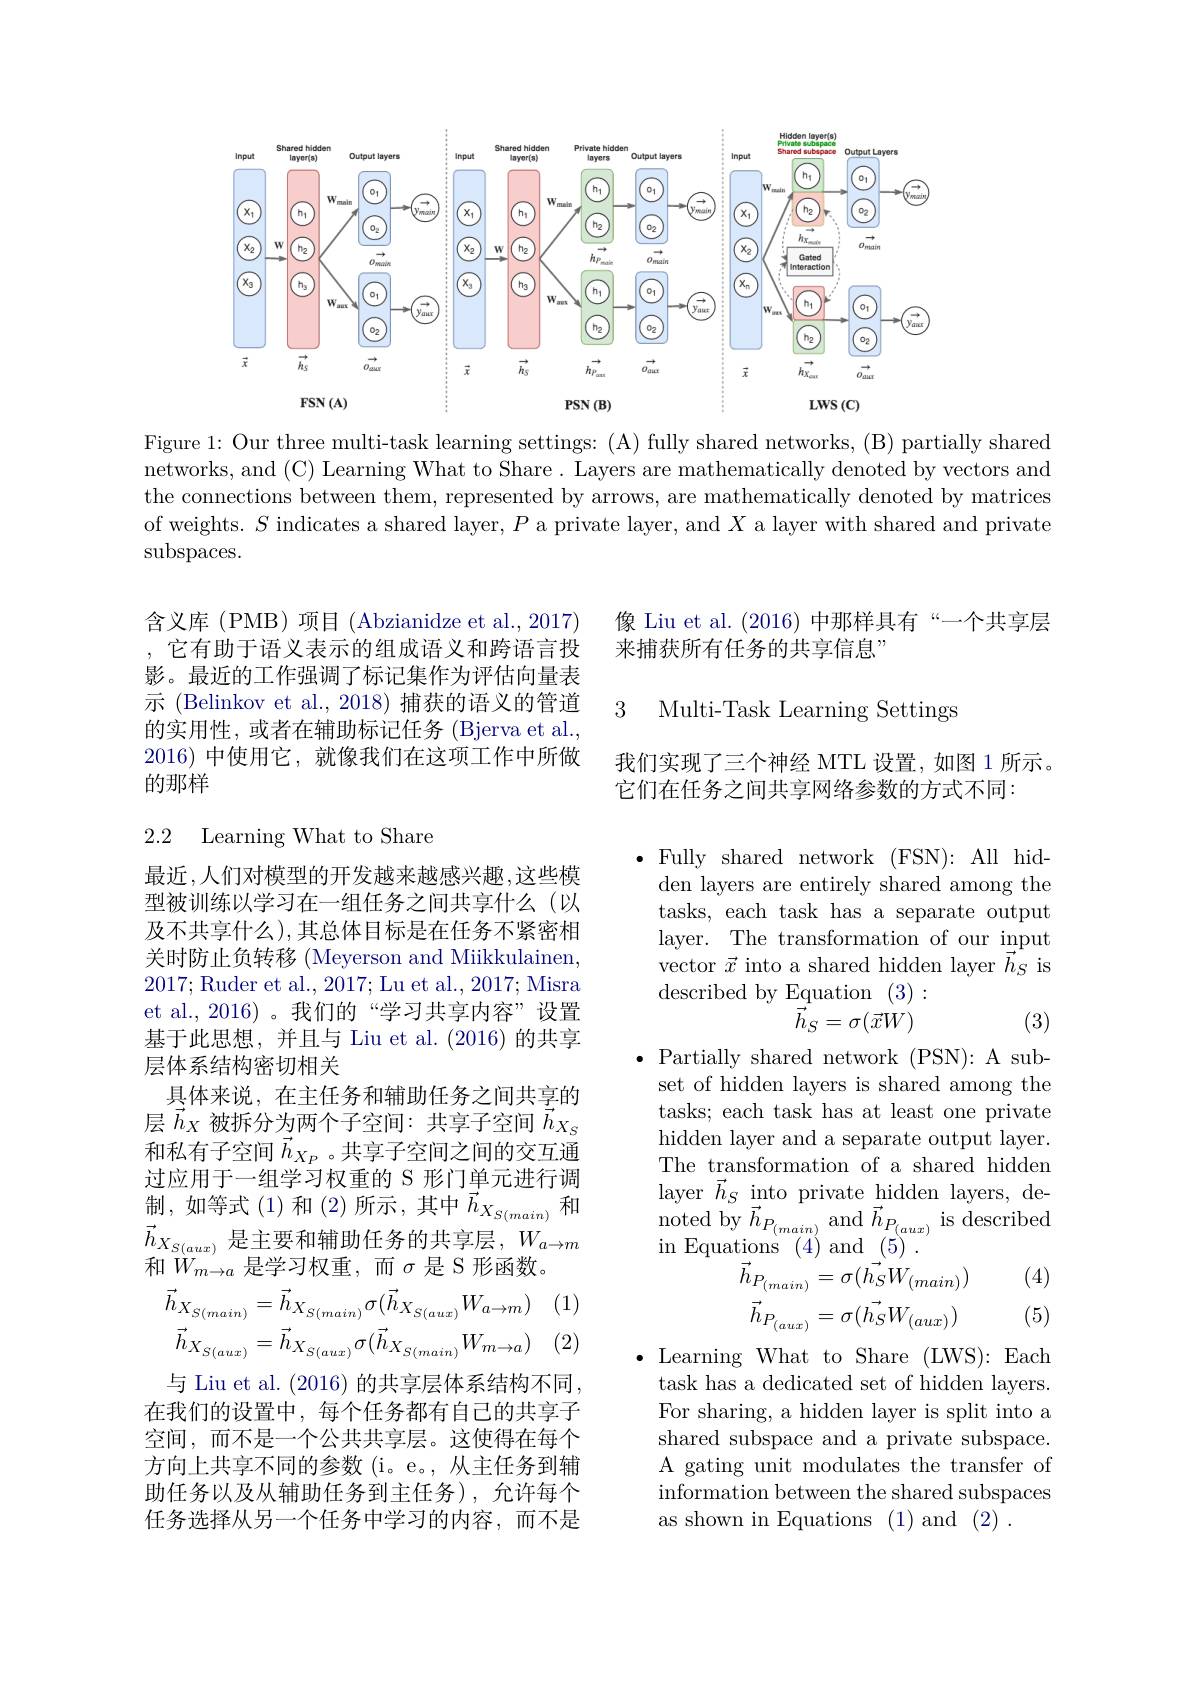
<FigureHere>

Figure 1: Our three multi-task learning settings: (A) fully shared networks, (B) partially shared networks, and (C) Learning What to Share. Layers are mathematically denoted by vectors and the connections between them, represented by arrows, are mathematically denoted by matrices of weights. $S$ indicates a shared layer, $P$ a private layer, and $X$ a layer with shared and private subspaces.

含义库(PMB)项目(Abzianidze et al., 2017) , 它有助于语义表示的组成语义和跨语言投影。最近的工作强调了标记集作为评估向量表示 (Belinkov et al., 2018) 捕获的语义的管道的实用性，或者在辅助标记任务(Bjerva et al. 2016)中使用它，就像我们在这项工作中所做的那样

## 2.2 Learning What to Share

最近，人们对模型的开发越来越感兴趣，这些模型被训练以学习在一组任务之间共享什么(以及不共享什么),其总体目标是在任务不紧密相关时防止负转移 (Meyerson and Miikkulainen, 2017; Ruder et al., 2017; Lu et al., 2017; Misra et al.,2016)。我们的“学习共享内容”设置基于此思想，并且与 Liu et al. (2016)的共享层体系结构密切相关
具体来说，在主任务和辅助任务之间共享的层$\vec{h}_X$被拆分为两个子空间：共享子空间$\vec{h}_{X_S}$ 和私有子空间$\vec{h}_{X_P}$。共享子空间之间的交互通过应用于一组学习权重的 S 形门单元进行调$\begin{array}{l}\text{制，如等式(1)和(2)所示，其中}\vec{h}_{X_{S(main)}}\end{array}$和$\begin{array}{l}{\vec{h}_{X_{S(aux)}}\text{是主要和辅助任务的共享层，}W_{a\to m}}\\\text{和 }{W_{m\to a}\text{ 是学习权重，而 }\sigma\text{ 是 S 形函数。}}\end{array}$
$$\vec{h}_{X_{S(main)}}=\vec{h}_{X_{S(main)}}\sigma(\vec{h}_{X_{S(aux)}}W_{a\to m})\\\vec{h}_{X_{S(aux)}}=\vec{h}_{X_{S(aux)}}\sigma(\vec{h}_{X_{S(main)}}W_{m\to a})$$
(2)
与 Liu et al. (2016) 的共享层体系结构不同， 在我们的设置中，每个任务都有自己的共享子空间，而不是一个公共共享层。这使得在每个方向上共享不同的参数 (i。e。, 从主任务到辅助任务以及从辅助任务到主任务),允许每个任务选择从另一个任务中学习的内容，而不是

像 Liu et al. (2016) 中那样具有“一个共享层
来捕获所有任务的共享信息”

3 Multi-Task Learning Settings

我们实现了三个神经 MTL 设置，如图 1 所示。
它们在任务之间共享网络参数的方式不同：

$\bullet$Fully shared network (FSN): All hidden layers are entirely shared among the tasks, each task has a separate output layer. The transformation of our input vector $\vec{x}$ into a shared hidden layer $\vec{\vec{h_{S}}}$ is ${\mathrm{described~by~Equation~(3):}}$
$$\vec{\vec{h}}_{S}=\sigma(\vec{x}W)$$
(3)

$\bullet$ Partially shared network (PSN): A sub-
set of hidden layers is shared among the tasks; each task has at least one private hidden layer and a separate output layer. The transformation of a shared hidden layer $\vec{h}_S\underset{\to}{\operatorname*{~into~private~hidden~layers,~de-}}$ $\begin{array}{ll}{\mathrm{nayc1~}n_{\mathrm{S}}~\mathrm{mto~pr1vauc~muucn~aycrs,~uc-}}\\{\mathrm{noted~by~}\vec{h}_{P_{(main)}}~\mathrm{and~}\vec{h}_{P_{(aux)}}~\mathrm{is~described}}\\{\cdot\:\mathrm{E}\:\cdot\:(A)\:\mathrm{I}\:(\neg)}\end{array}$ in Equations (4)and(5)

(4)
$$\begin{array}{c}{{\mathrm{tions}\:(4)\:\mathrm{and}\:(o)\:.}}\\{{\vec{h}_{P_{(main)}}=\sigma(\vec{h_{S}}W_{(main)})}}\\{{\vec{h}_{P_{(aux)}}=\sigma(\vec{h_{S}}W_{(aux)})}}\end{array}$$
(5)

$\bullet$ Learning What to Share (LWS):Each task has a dedicated set of hidden layers. For sharing, a hidden layer is split into a shared subspace and a private subspace. A gating unit modulates the transfer of information between the shared subspaces as shown in Equations (1)and (2).